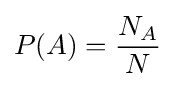
P(A)={N_{A} \over N}